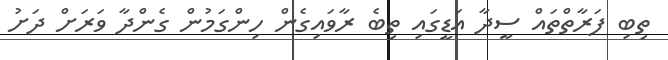
ތިބި ފަރާތްތައް ސީދާ އަޑީގައި ތިބެ ރާވައިގެން ހިންގަމުން ގެންދާ ވަރަށް ދަށު